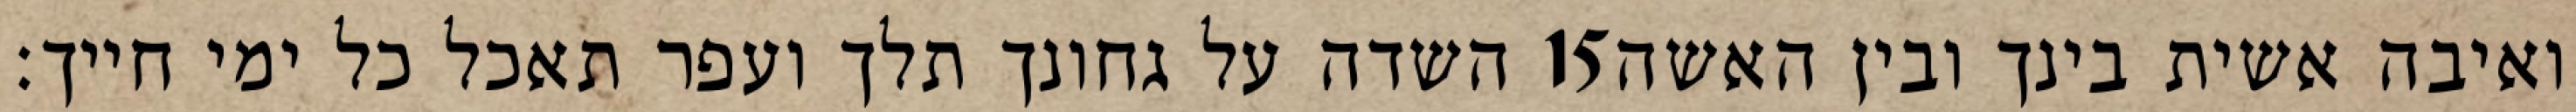
השדה על גחונך תלך ועפר תאכל כל ימי חייך׃ ‎15‏ ואיבה אשית בינך ובין האשה